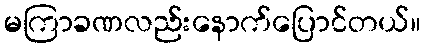
မကြာခဏလည်းနောက်ပြောင်တယ်။